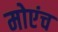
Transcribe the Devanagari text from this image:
मोएंच